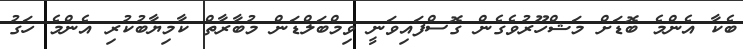
ބެކާ އެންމެ ބޮޑަށް މަޝްހޫރުވެގެން ގޮސްފައިވަނީ ވިމްބަލްޑަން މުބާރާތް ކާމިޔާބުކުރި އެންމެ ހަގު